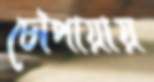
চৌপায়ায়